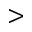
>